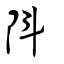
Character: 阧